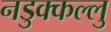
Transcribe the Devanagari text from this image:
नडुक्कल्लु